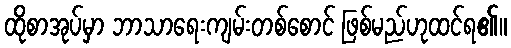
ထိုစာအုပ်မှာ ဘာသာရေးကျမ်းတစ်စောင် ဖြစ်မည်ဟုထင်ရ၏။